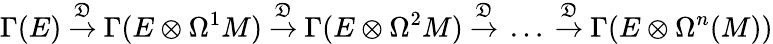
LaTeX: \Gamma(E)\ {\stackrel{\mathfrak{D}}{\to}}\ \Gamma(E\otimes\Omega^{1}M)\ {\stackrel{\mathfrak{D}}{\to}}\ \Gamma(E\otimes\Omega^{2}M)\ {\stackrel{\mathfrak{D}}{\to}}\ \dots\ {\stackrel{\mathfrak{D}}{\to}}\ \Gamma(E\otimes\Omega^{n}(M))